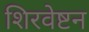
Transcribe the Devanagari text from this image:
शिरवेष्टन